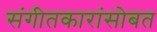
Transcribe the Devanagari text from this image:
संगीतकारांसोबत